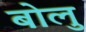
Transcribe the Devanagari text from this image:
बोलु